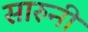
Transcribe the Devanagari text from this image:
सारुनी